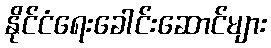
နိုင်ငံရေးခေါင်းဆောင်များ